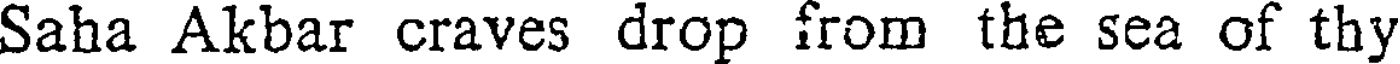
Saha Akbar craves drop from the sea of thy